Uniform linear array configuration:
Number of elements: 48
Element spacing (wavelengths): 0.75
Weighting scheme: kaiser
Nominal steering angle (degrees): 60
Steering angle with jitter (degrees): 60.174
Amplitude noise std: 0.05
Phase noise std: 0.05

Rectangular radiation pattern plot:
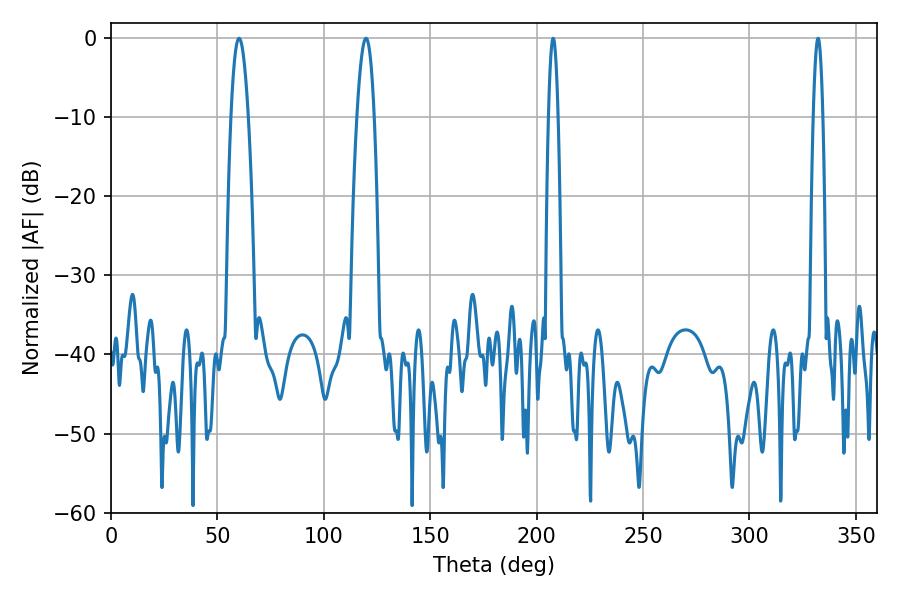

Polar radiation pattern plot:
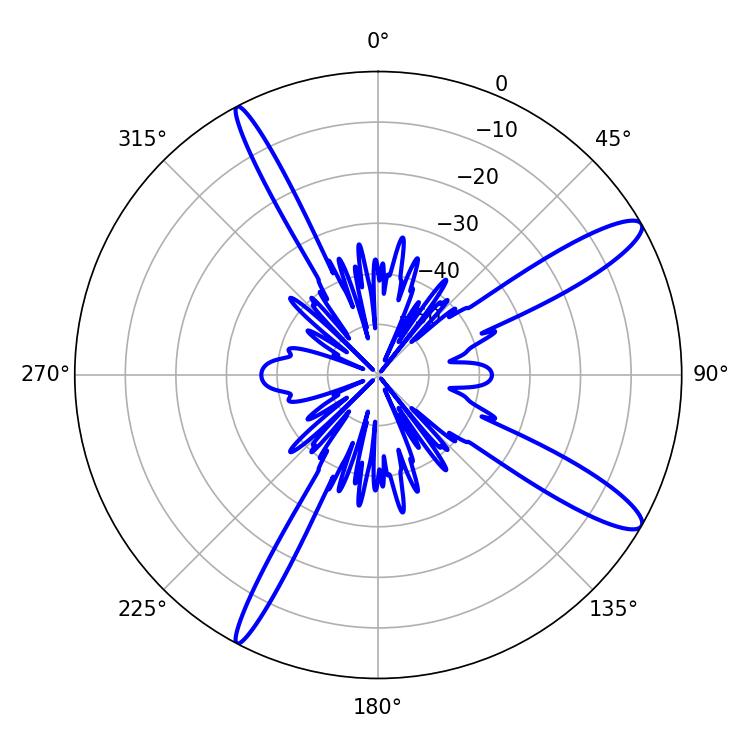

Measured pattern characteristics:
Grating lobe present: TRUE
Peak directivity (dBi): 12.886
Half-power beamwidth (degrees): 4.5
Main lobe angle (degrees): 60.12